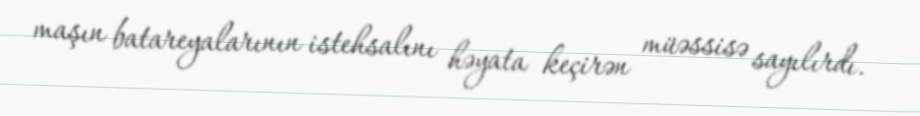
maşın batareyalarının istehsalını həyata keçirən müəssisə sayılırdı.